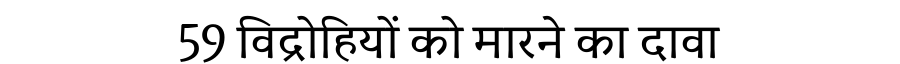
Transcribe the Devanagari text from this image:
59 विद्रोहियों को मारने का दावा